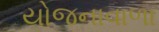
યોજનાવાળા